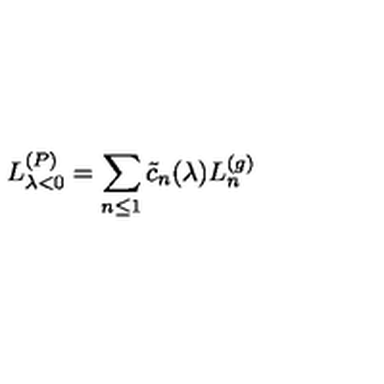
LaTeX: L _ { \lambda < 0 } ^ { ( P ) } = \sum _ { n \leq 1 } \tilde { c } _ { n } ( \lambda ) L _ { n } ^ { ( g ) }